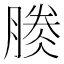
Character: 𣎎